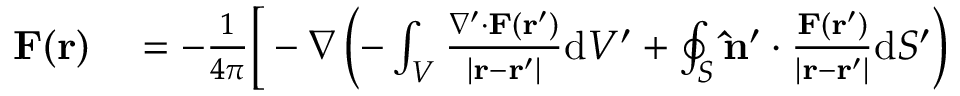
\begin{array} { r l } { \mathbf { F } ( \mathbf { r } ) } & { { } = - { \frac { 1 } { 4 \pi } } { \bigg [ } - \nabla \left( - \int _ { V } { \frac { \nabla ^ { \prime } \cdot \mathbf { F } \left( \mathbf { r } ^ { \prime } \right) } { \left| \mathbf { r } - \mathbf { r } ^ { \prime } \right| } } \mathrm { d } V ^ { \prime } + \oint _ { S } \mathbf { \hat { n } } ^ { \prime } \cdot { \frac { \mathbf { F } \left( \mathbf { r } ^ { \prime } \right) } { \left| \mathbf { r } - \mathbf { r } ^ { \prime } \right| } } \mathrm { d } S ^ { \prime } \right) } \end{array}